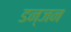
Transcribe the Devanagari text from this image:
डन्जन